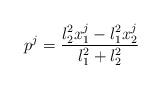
LaTeX: \begin{align*} p^j = \frac{\l_2^2 x_1^j - \l_1^2 x_2^j}{\l_1^2 + \l_2^2}\end{align*}